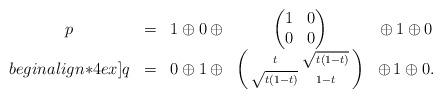
LaTeX: \begin{align*}\begin{matrix}p&=&1\oplus0\,\oplus&\begin{pmatrix}1&0\\0&0\end{pmatrix}&\oplus\,1\oplus0 \\begin{align*}4ex]q&=&0\oplus1\,\oplus&\left(\begin{smallmatrix} t&\sqrt{t(1-t)}\\ \sqrt{t(1-t)}&1-t\end{smallmatrix}\right)&\oplus\,1\oplus0.\end{matrix}\end{align*}